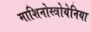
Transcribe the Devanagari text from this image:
माशिनोस्त्रोयेनिया